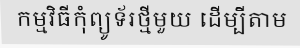
កម្មវិធីកុំព្យូទ័រថ្មីមួយ ដើម្បីតាម